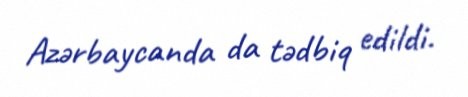
Azərbaycanda da tədbiq edildi.